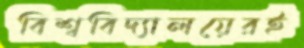
বিশ্ববিদ্যালয়েরই